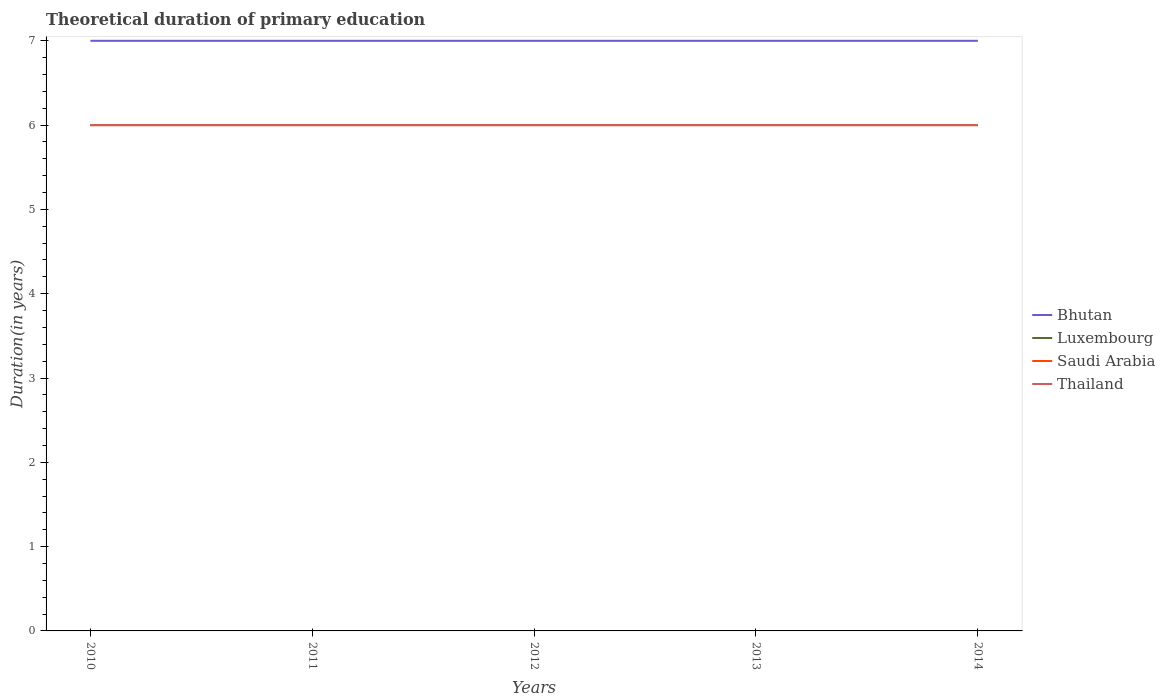
| Years | Bhutan | Luxembourg | Saudi Arabia | Thailand |
 | --- | --- | --- | --- | --- |
 | 2010 | 7 | 6 | 6 | 6 |
 | 2011 | 7 | 6 | 6 | 6 |
 | 2012 | 7 | 6 | 6 | 6 |
 | 2013 | 7 | 6 | 6 | 6 |
 | 2014 | 7 | 6 | 6 | 6 |